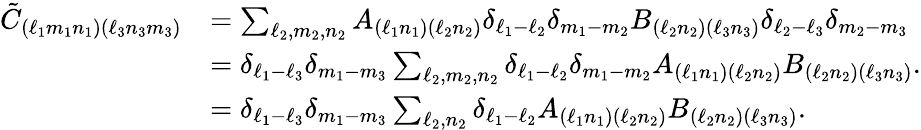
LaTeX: \begin{array}{rl}{\tilde{C}_{(\ell_{1}m_{1}n_{1})(\ell_{3}n_{3}m_{3})}}&{=\sum_{\ell_{2},m_{2},n_{2}}A_{(\ell_{1}n_{1})(\ell_{2}n_{2})}\delta_{\ell_{1}-\ell_{2}}\delta_{m_{1}-m_{2}}B_{(\ell_{2}n_{2})(\ell_{3}n_{3})}\delta_{\ell_{2}-\ell_{3}}\delta_{m_{2}-m_{3}}}\\ &{=\delta_{\ell_{1}-\ell_{3}}\delta_{m_{1}-m_{3}}\sum_{\ell_{2},m_{2},n_{2}}\delta_{\ell_{1}-\ell_{2}}\delta_{m_{1}-m_{2}}A_{(\ell_{1}n_{1})(\ell_{2}n_{2})}B_{(\ell_{2}n_{2})(\ell_{3}n_{3})}.}\\ &{=\delta_{\ell_{1}-\ell_{3}}\delta_{m_{1}-m_{3}}\sum_{\ell_{2},n_{2}}\delta_{\ell_{1}-\ell_{2}}A_{(\ell_{1}n_{1})(\ell_{2}n_{2})}B_{(\ell_{2}n_{2})(\ell_{3}n_{3})}.}\end{array}